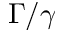
\Gamma / \gamma